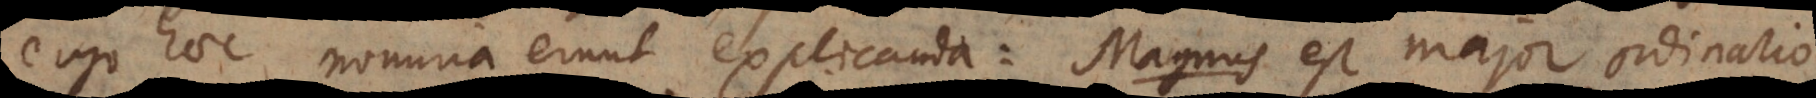
ergo haec nomina erunt explicanda: Magnus est major ordinario.